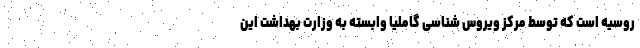
روسیه است که توسط مرکز ویروس شناسی گاملیا وابسته به وزارت بهداشت این